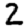
Digit: 2